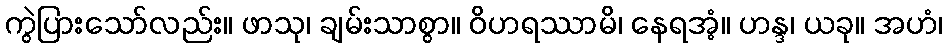
ကွဲပြားသော်လည်း။ ဖာသု၊ ချမ်းသာစွာ။ ဝိဟရဿာမိ၊ နေရအံ့။ ဟန္ဒ၊ ယခု။ အဟံ၊